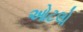
ઓટલો